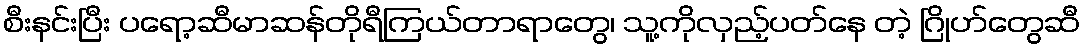
စီးနင်းပြီး ပရော့ဆီမာဆန်တိုရီကြယ်တာရာတွေ၊ သူ့ကိုလှည့်ပတ်နေ တဲ့ ဂြိုဟ်တွေဆီ